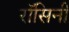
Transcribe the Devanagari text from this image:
रॉसिनी